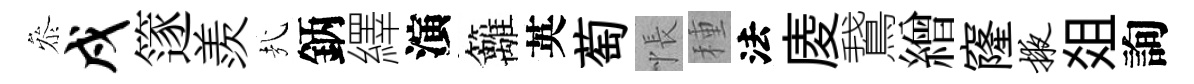
叅戍篴羨㢤鈵繹演籬英萄悵種法庱鵞繒窿掖爼詢